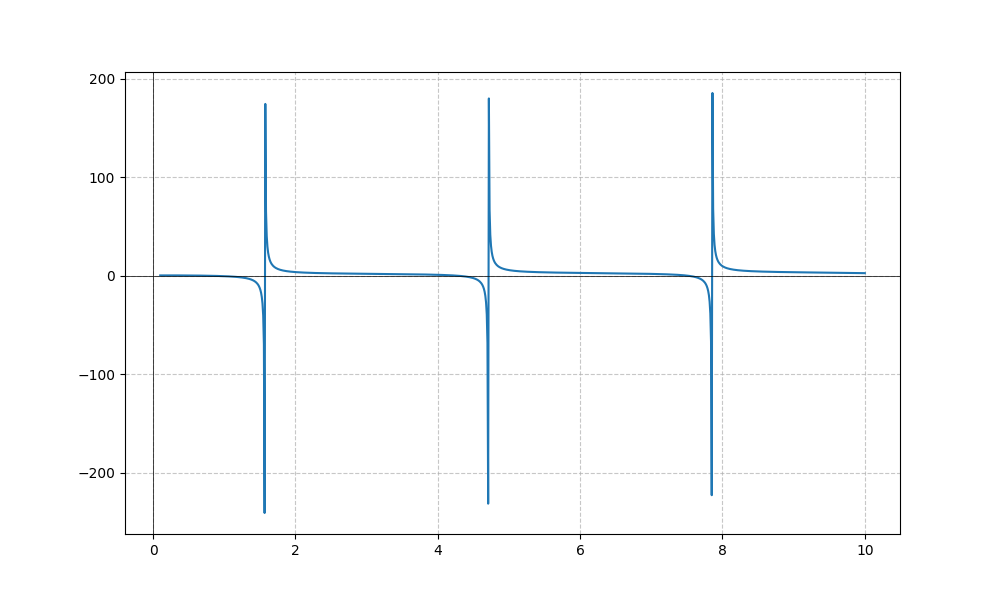
LaTeX formula: \sqrt{x} - \tan{\left(x \right)}